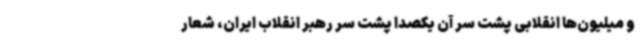
و میلیون‌ها انقلابی پشت سر آن یکصدا پشت سر رهبر انقلاب ایران، شعار